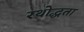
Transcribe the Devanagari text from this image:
रथोद्धता